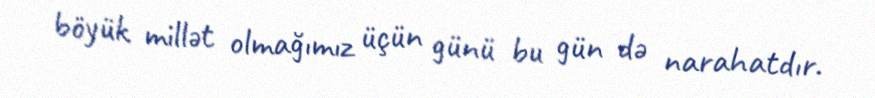
böyük millət olmağımız üçün günü bu gün də narahatdır.